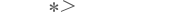
١٧٣